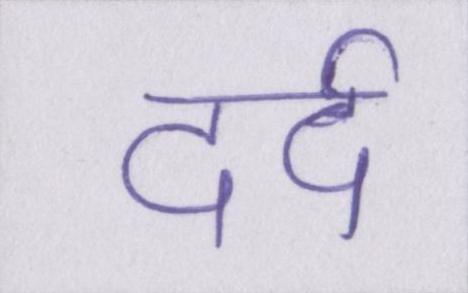
दर्द